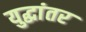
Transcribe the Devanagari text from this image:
युद्धांतर